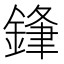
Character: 𮢢